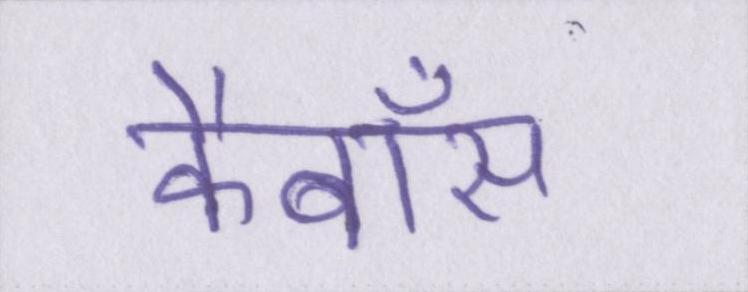
कैबॉस